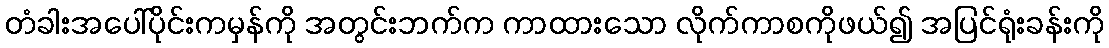
တံခါးအပေါ်ပိုင်းကမှန်ကို အတွင်းဘက်က ကာထားသော လိုက်ကာစကိုဖယ်၍ အပြင်ရုံးခန်းကို